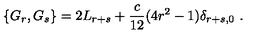
\{ G _ { r } , G _ { s } \} = 2 L _ { r + s } + \frac { c } { 1 2 } ( 4 r ^ { 2 } - 1 ) \delta _ { r + s , 0 } \ .